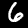
Digit: 6